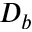
D _ { b }